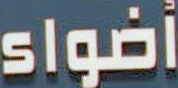
أضواء